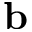
\mathbf { b }